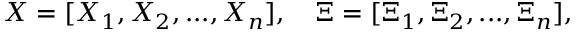
X = [ X _ { 1 } , X _ { 2 } , . . . , X _ { n } ] , \quad \Xi = [ \Xi _ { 1 } , \Xi _ { 2 } , . . . , \Xi _ { n } ] ,